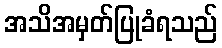
အသိအမှတ်ပြုခံရသည်